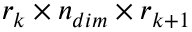
r _ { k } \times n _ { d i m } \times r _ { k + 1 }